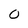
Character: 0